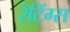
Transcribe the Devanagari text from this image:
रेटिंग्‍स